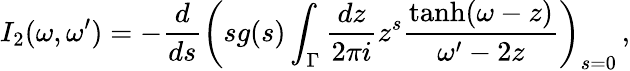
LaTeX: I_{2}(\omega,\omega^{\prime})=-\frac{d}{ds}\left(sg(s)\int_{\Gamma}\frac{dz}{2\pi i}z^{s}\frac{\operatorname{tanh}(\omega-z)}{\omega^{\prime}-2z}\right)_{s=0}\, ,